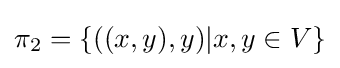
\pi _{2}=\{((x,y),y)|x,y\in V\}